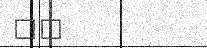
٥٧